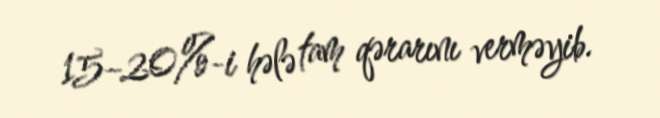
15–20%-i hələ tam qərarını verməyib.